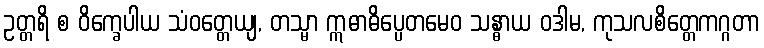
ဥတ္တရိ စ ဝိက္ခေပါယ သံဝတ္တေယျ, တသ္မာ ဣဓာဓိပ္ပေတမေဝ သန္ဓာယ ဝဒါမ, ကုသလစိတ္တေကဂ္ဂတာ